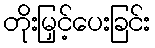
တိုးမြှင့်ပေးခြင်း